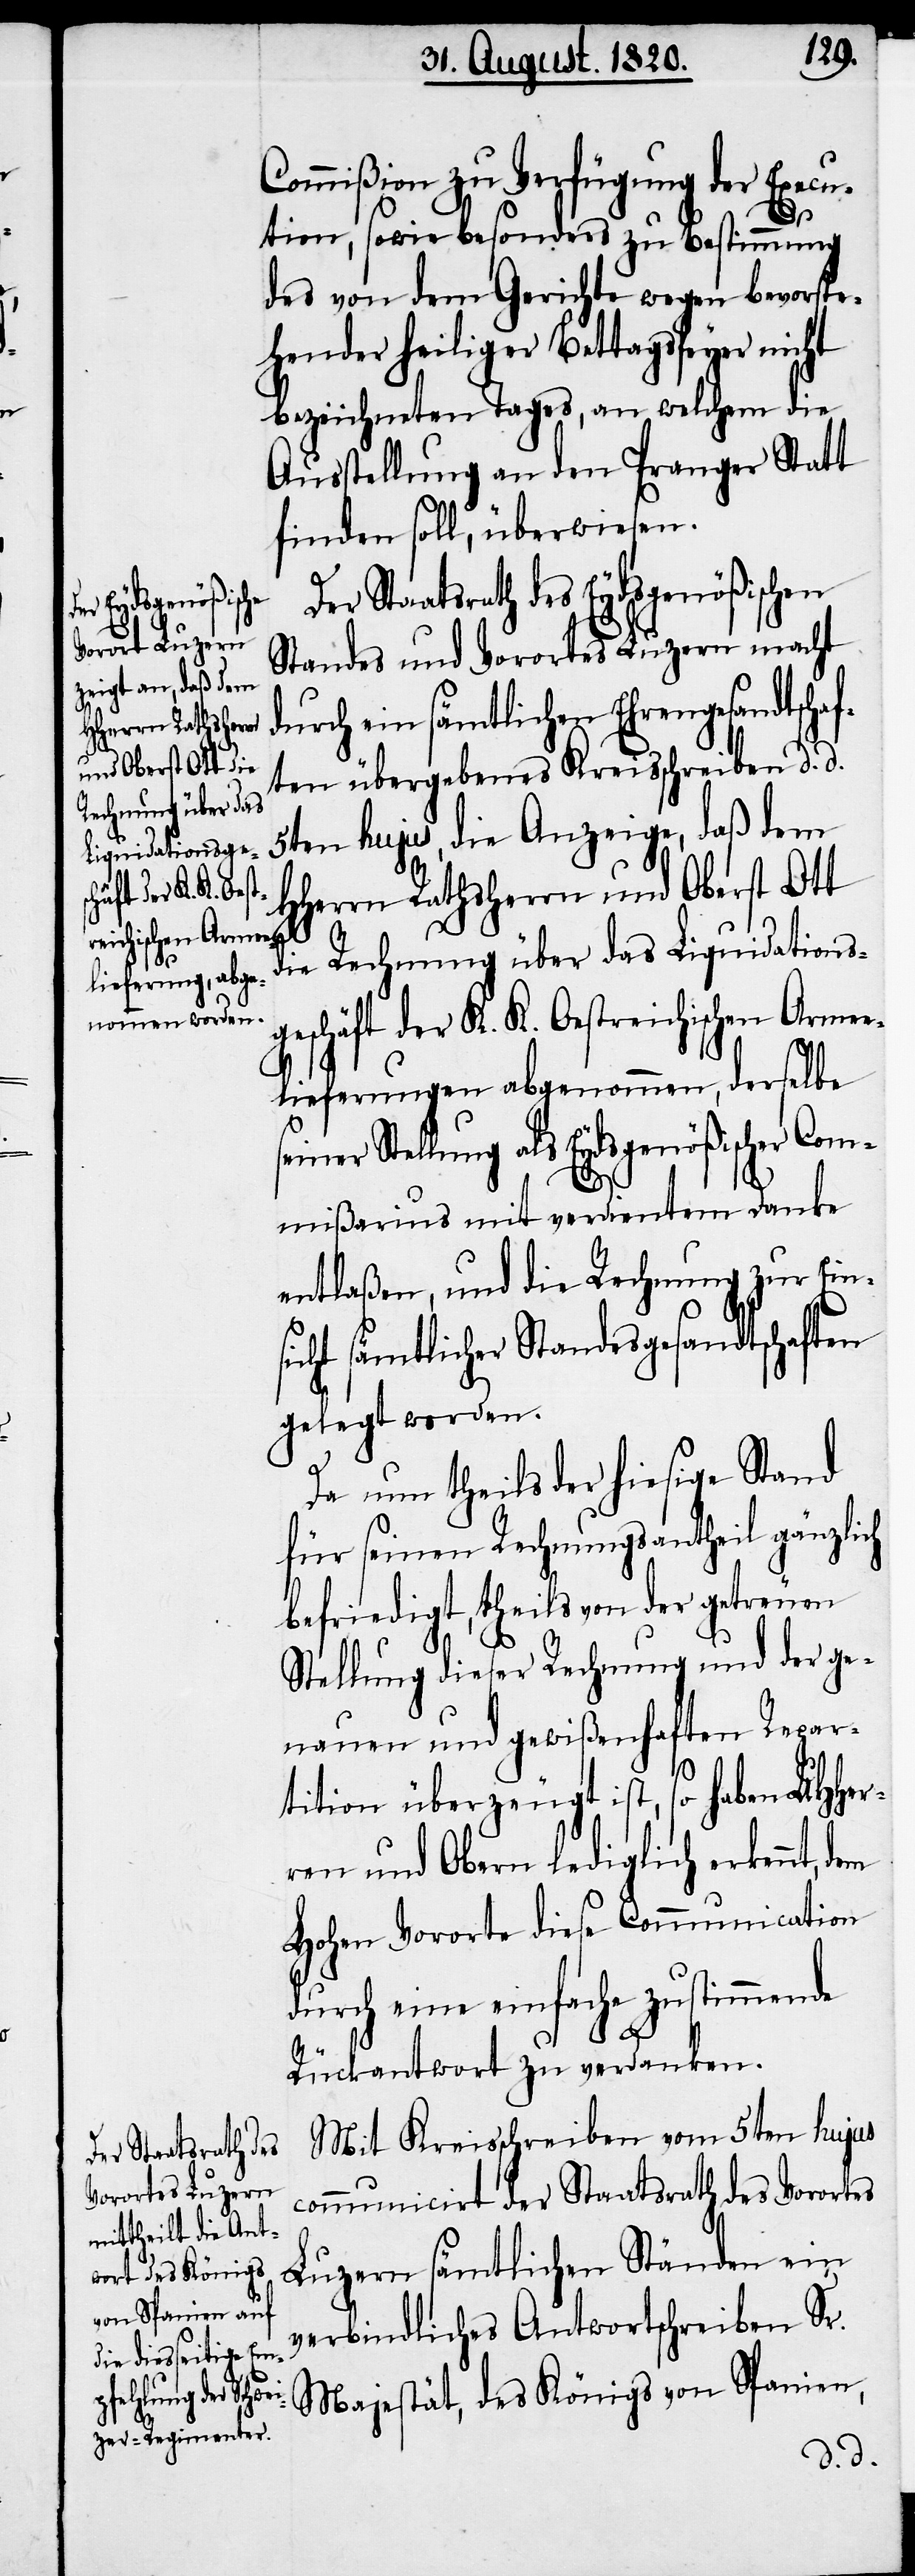
Commißion zu Verfügung der Execu¬
tion, sowie besonders zu Bestimmung
des von dem Gerichte wegen bevorste¬
hender heiliger Bettagsfeyer nic¬
bezeichneten Tages, an welchem die
Ausstellung an den Pranger Statt
finden soll, überwiesen.
Der Staatsrath des Eydsgenößischen
Standes und Vorortes Luzern macht
durch ein sämtlichen Ehrengesandtschaf¬
ten übergebenes Kreisschreiben d. d.
5ten hujus, die Anzeige, daß dem
HHerrn Rathsherrn und Oberst Ott
s¬
die Rechnung über das Liquidations¬
geschäft der K. K. Oestreichischen Arme¬
elieferungen abgenommen, derselbe
einer Stellung als Eydsgenößischer Com¬
mißarius mit verdientem Danke
entlaßen, und die Rechnung zur Ein¬
icht sämtlicher Standesgesandtschaften
gelegt werden.
Da nun theils der hiesige Stand
für seinen Rechnungsantheil gänzlich
befriedigt, theils von der getreuen
Stellung dieser Rechnung und der ge¬
nauen und gewißenhaften Repar¬
tition überzeugt ist, so haben UHHer¬
ren und Obern lediglich erkennt,
Hohen Vororte diese Communication
durch eine einfache zustimmende
Rückantwort zu verdanken.
Mit Kreisschreiben vom 5ten hujus
communicirt der Staatsrath des Vorortes
Luzern sämtlichen Ständen ein
verbindliches Antwortschreiben Sr.
Majestät, des Königs von Spanien,